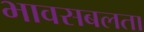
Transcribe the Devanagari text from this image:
भावसबलता